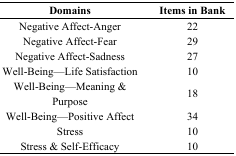
| Domains | Items in Bank |
 | --- | --- |
 | Negative Affect-Anger | 22 |
 | Negative Affect-Fear | 29 |
 | Negative Affect-Sadness | 27 |
 | Well-Being—Life Satisfaction | 10 |
 | Well-Being—Meaning & Purpose | 18 |
 | Well-Being—Positive Affect | 34 |
 | Stress | 10 |
 | Stress & Self-Efficacy | 10 |